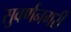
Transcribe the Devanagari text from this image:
सुवर्णनगरी